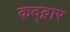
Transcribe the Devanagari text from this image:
कद्द्वार